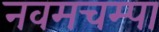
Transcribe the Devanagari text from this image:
नवमचम्पा